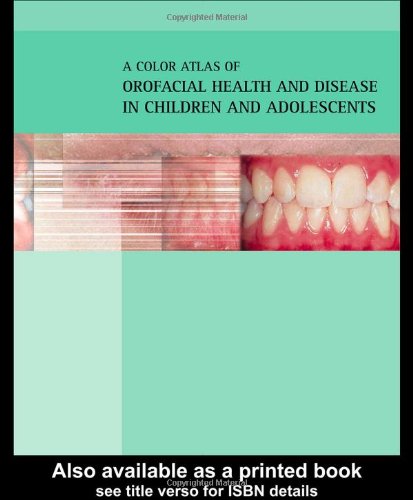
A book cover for Color Atlas of Orofacial Health and Disease in Children and Adolescents: Diagnosis and Management; Crispian Scully; Medical Books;